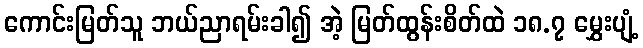
ကောင်းမြတ်သူ ဘယ်ညာရမ်းခါ၍ အဲ့ မြတ်ထွန်းစိတ်ထဲ ၁၈.၇ မွှေးပျံ့